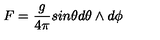
F = \frac { g } { 4 \pi } s i n \theta d \theta \wedge d \phi